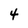
Character: 4